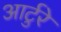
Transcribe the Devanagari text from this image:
आर्टुरे